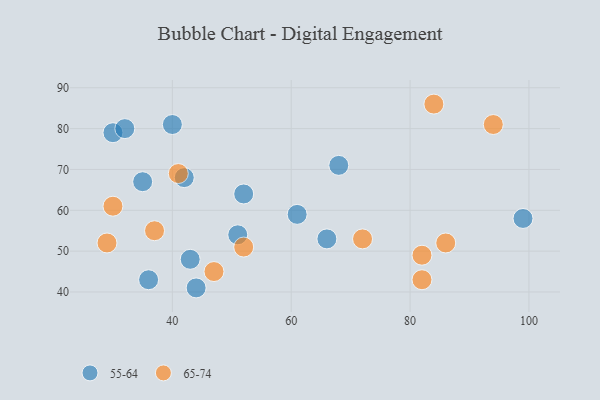
{"axis": {"x": "GDP", "y": "Life Expectancy"}, "legend": ["55-64", "65-74"], "data": [{"x": "40", "y": 81, "type": "55-64"}, {"x": "43", "y": 48, "type": "55-64"}, {"x": "42", "y": 68, "type": "55-64"}, {"x": "51", "y": 54, "type": "55-64"}, {"x": "35", "y": 67, "type": "55-64"}, {"x": "30", "y": 79, "type": "55-64"}, {"x": "36", "y": 43, "type": "55-64"}, {"x": "52", "y": 64, "type": "55-64"}, {"x": "32", "y": 80, "type": "55-64"}, {"x": "99", "y": 58, "type": "55-64"}, {"x": "66", "y": 53, "type": "55-64"}, {"x": "44", "y": 41, "type": "55-64"}, {"x": "61", "y": 59, "type": "55-64"}, {"x": "68", "y": 71, "type": "55-64"}, {"x": "52", "y": 51, "type": "65-74"}, {"x": "37", "y": 55, "type": "65-74"}, {"x": "30", "y": 61, "type": "65-74"}, {"x": "84", "y": 86, "type": "65-74"}, {"x": "41", "y": 69, "type": "65-74"}, {"x": "29", "y": 52, "type": "65-74"}, {"x": "82", "y": 43, "type": "65-74"}, {"x": "47", "y": 45, "type": "65-74"}, {"x": "82", "y": 49, "type": "65-74"}, {"x": "72", "y": 53, "type": "65-74"}, {"x": "86", "y": 52, "type": "65-74"}, {"x": "94", "y": 81, "type": "65-74"}]}